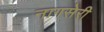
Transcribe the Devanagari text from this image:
नागसेरी